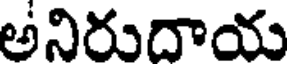
అనిరుదాయ